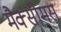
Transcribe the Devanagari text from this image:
मैक्सीमस